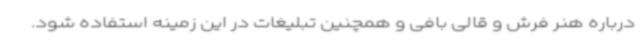
درباره هنر فرش و قالی بافی و همچنین تبلیغات در این زمینه استفاده شود.